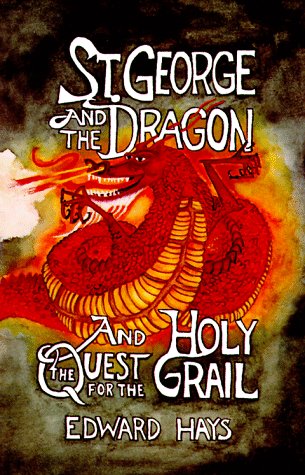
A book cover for St. George And The Dragon; Edward Hays; Christian Books & Bibles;